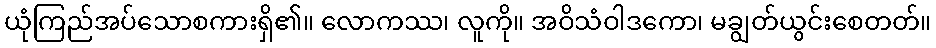
ယုံကြည်အပ်သောစကားရှိ၏။ လောကဿ၊ လူကို။ အဝိသံဝါဒကော၊ မချွတ်ယွင်းစေတတ်။